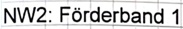
Text: NW2: Förderband 1